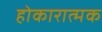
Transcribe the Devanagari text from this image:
होकारात्मक